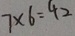
7 \times 6 = 4 2